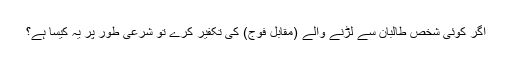
اگر کوئی شخص طالبان سے لڑنے والے (مقابل فوج) کی تکفیر کرے تو شرعی طور پر یہ کیسا ہے؟